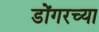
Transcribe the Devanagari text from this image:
डोंगरच्या